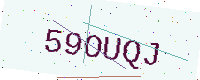
Text: 59OUQJ